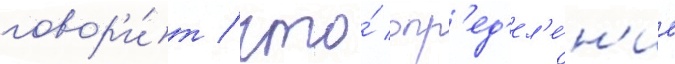
говор'и́т / что́ опр'ед'ел'е́н'ие